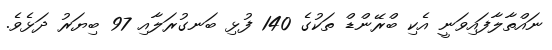
ނައްތާލާފައިވަނީ އެކި ބްރޭންޑް ތަކުގެ 140 ފުޅި ބަނގުރަލާއި 97 ބިޔަރު ދަޅެވެ.